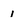
Character: 1